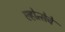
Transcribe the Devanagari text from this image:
ल्होत्सेचे